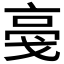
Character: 𬽎